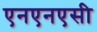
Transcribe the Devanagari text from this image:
एनएनएसी